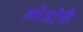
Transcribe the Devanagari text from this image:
नोउदेहि